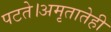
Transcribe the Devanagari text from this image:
पटते।अमृतातेही